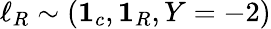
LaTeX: \ell_{R}\sim({\mathbf 1}_{c},{\mathbf 1}_{R},Y=-2)